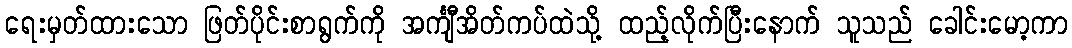
ရေးမှတ်ထားသော ဖြတ်ပိုင်းစာရွက်ကို အင်္ကျီအိတ်ကပ်ထဲသို့ ထည့်လိုက်ပြီးနောက် သူသည် ခေါင်းမော့ကာ